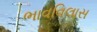
ભાવવિલાસ